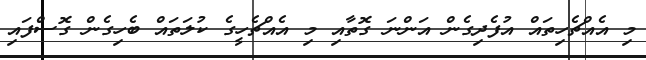
މި އެއްޗެހިތައް އުފެދިގެން އަންނަ ގޮތާއި މި އެއްޗެހީގެ ކުލަތައް ބެހިގެން ގޮސްފައި